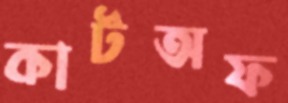
কাটঅফ